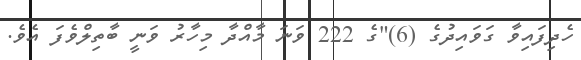
ހެދިފައިވާ ގަވައިދުގެ (6)"ގެ 222 ވަނަ މާއްދާ މިހާރު ވަނީ ބާތިލްވެފަ އެވެ.